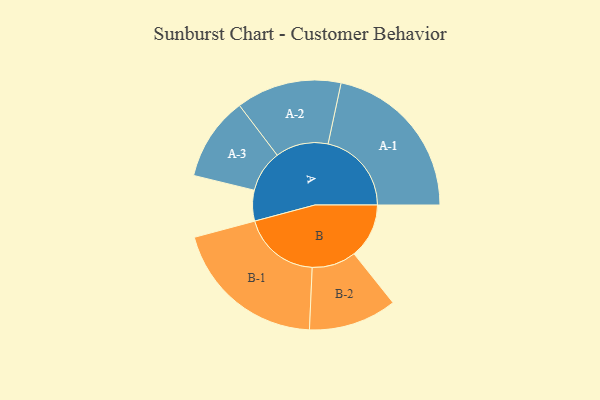
{"axis": {"x": "Segment", "y": "Value"}, "legend": ["", "A", "B"], "data": [{"x": "A", "y": 110, "type": ""}, {"x": "B", "y": 197, "type": ""}, {"x": "A-1", "y": 299, "type": "A"}, {"x": "A-2", "y": 189, "type": "A"}, {"x": "A-3", "y": 150, "type": "A"}, {"x": "B-1", "y": 278, "type": "B"}, {"x": "B-2", "y": 158, "type": "B"}]}